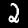
Digit: 2